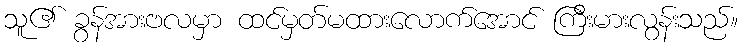
သူ၏ ခွန်အားဗလမှာ ထင်မှတ်မထားလောက်အောင် ကြီးမားလွန်းသည်။